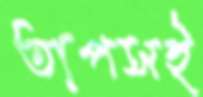
তাপসই